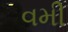
વમી